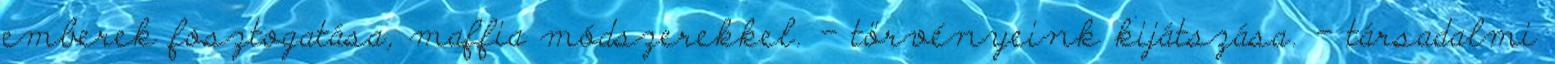
emberek fosztogatása, maffia módszerekkel. - törvényeink kijátszása. - társadalmi